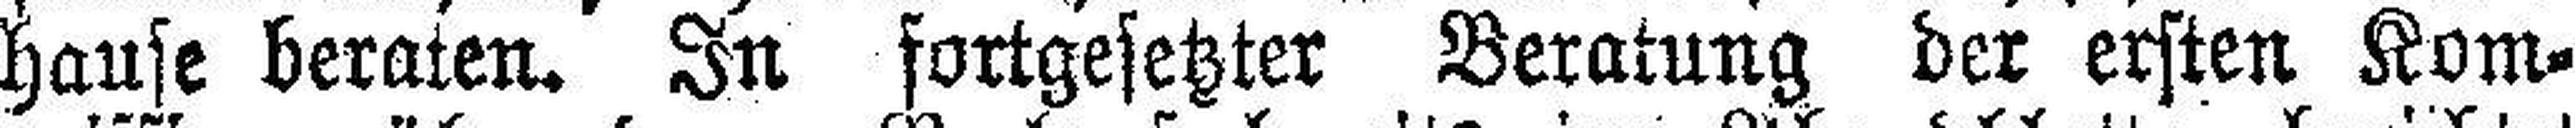
hause beraten. In fortgesetzter Beratung der ersten Kom¬